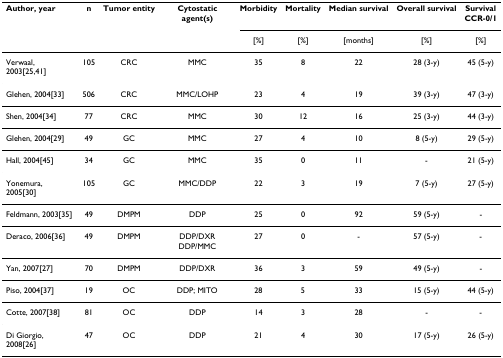
<table><thead><tr><td><b>Author, year</b></td><td><b>n</b></td><td><b>Tumor entity</b></td><td><b>Cytostatic agent(s)</b></td><td><b>Morbidity</b></td><td><b>Mortality</b></td><td><b>Median survival</b></td><td><b>Overall survival</b></td><td><b>SurvivalCCR-0/1</b></td></tr><tr><td></td><td></td><td></td><td></td><td><b>[%]</b></td><td><b>[%]</b></td><td><b>[months]</b></td><td><b>[%]</b></td><td><b>[%]</b></td></tr></thead><tbody><tr><td>Verwaal, 2003[25,41]</td><td>105</td><td>CRC</td><td>MMC</td><td>35</td><td>8</td><td>22</td><td>28 (3-y)</td><td>45 (5-y)</td></tr><tr><td>Glehen, 2004[33]</td><td>506</td><td>CRC</td><td>MMC/LOHP</td><td>23</td><td>4</td><td>19</td><td>39 (3-y)</td><td>47 (3-y)</td></tr><tr><td>Shen, 2004[34]</td><td>77</td><td>CRC</td><td>MMC</td><td>30</td><td>12</td><td>16</td><td>25 (3-y)</td><td>44 (3-y)</td></tr><tr><td>Glehen, 2004[29]</td><td>49</td><td>GC</td><td>MMC</td><td>27</td><td>4</td><td>10</td><td>8 (5-y)</td><td>29 (5-y)</td></tr><tr><td>Hall, 2004[45]</td><td>34</td><td>GC</td><td>MMC</td><td>35</td><td>0</td><td>11</td><td>-</td><td>21 (5-y)</td></tr><tr><td>Yonemura, 2005[30]</td><td>105</td><td>GC</td><td>MMC/DDP</td><td>22</td><td>3</td><td>19</td><td>7 (5-y)</td><td>27 (5-y)</td></tr><tr><td>Feldmann, 2003[35]</td><td>49</td><td>DMPM</td><td>DDP</td><td>25</td><td>0</td><td>92</td><td>59 (5-y)</td><td>-</td></tr><tr><td>Deraco, 2006[36]</td><td>49</td><td>DMPM</td><td>DDP/DXRDDP/MMC</td><td>27</td><td>0</td><td>-</td><td>57 (5-y)</td><td>-</td></tr><tr><td>Yan, 2007[27]</td><td>70</td><td>DMPM</td><td>DDP/DXR</td><td>36</td><td>3</td><td>59</td><td>49 (5-y)</td><td>-</td></tr><tr><td>Piso, 2004[37]</td><td>19</td><td>OC</td><td>DDP; MITO</td><td>28</td><td>5</td><td>33</td><td>15 (5-y)</td><td>44 (5-y)</td></tr><tr><td>Cotte, 2007[38]</td><td>81</td><td>OC</td><td>DDP</td><td>14</td><td>3</td><td>28</td><td>-</td><td>-</td></tr><tr><td>Di Giorgio, 2008[26]</td><td>47</td><td>OC</td><td>DDP</td><td>21</td><td>4</td><td>30</td><td>17 (5-y)</td><td>26 (5-y)</td></tr></tbody></table>